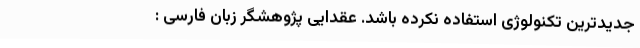
جدیدترین تکنولوژی استفاده نکرده باشد. عقدایی پژوهشگر زبان فارسی :